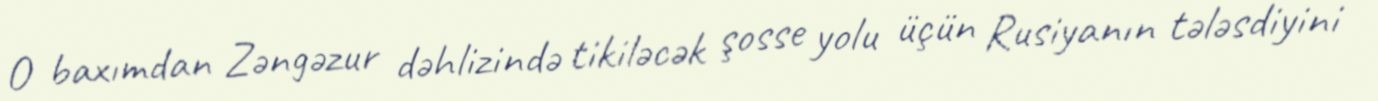
O baxımdan Zəngəzur dəhlizində tikiləcək şosse yolu üçün Rusiyanın tələsdiyini